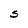
Character: S